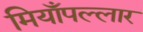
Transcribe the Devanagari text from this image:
मियाँपल्लार